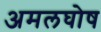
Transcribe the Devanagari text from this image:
अमलघोष